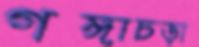
গঙ্গাচড়া